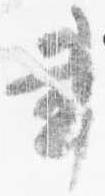
書